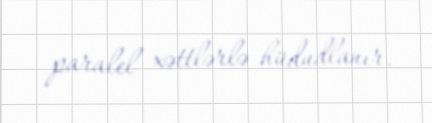
paralel xəttlərlə hüdudlanır.